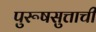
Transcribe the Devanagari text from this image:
पुरूषसुत्ताची